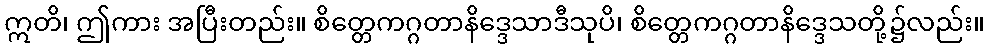
ဣတိ၊ ဤကား အပြီးတည်း။ စိတ္တေကဂ္ဂတာနိဒ္ဒေသာဒီသုပိ၊ စိတ္တေကဂ္ဂတာနိဒ္ဒေသတို့၌လည်း။